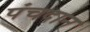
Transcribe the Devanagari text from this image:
पंचदान